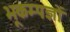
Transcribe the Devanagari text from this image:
भूकम्पज्ञों